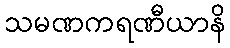
သမဏကရဏီယာနိ